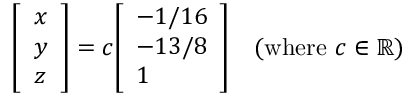
{ \left[ \begin{array} { l } { x } \\ { y } \\ { z } \end{array} \right] } = c { \left[ \begin{array} { l } { - 1 / 1 6 } \\ { - 1 3 / 8 } \\ { 1 } \end{array} \right] } \quad ( { \mathrm { w h e r e ~ } } c \in \mathbb { R } )